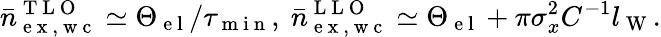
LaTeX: \bar{n}_{\mathrm{~e~x~,~w~c~}}^{\mathrm{~T~L~O~}}\simeq\Theta_{\mathrm{~e~l~}}/\tau_{\mathrm{~m~i~n~}},~\bar{n}_{\mathrm{~e~x~,~w~c~}}^{\mathrm{~L~L~O~}}\simeq\Theta_{\mathrm{~e~l~}}+\pi\sigma_{x}^{2}C^{-1}l_{\mathrm{~W~}}.